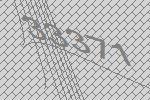
33371